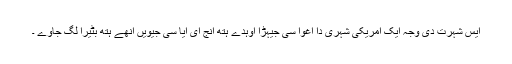
ایس شہرت دی وجہ ایک امریکی شہری دا اغوا سی جیہڑا اوہدے ہتھ انج ای آیا سی جیویں انھے ہتھ بٹیرا لگ جاوے ۔